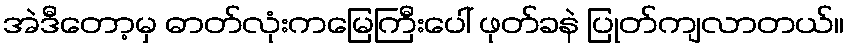
အဲဒီတော့မှ ဓာတ်လုံးကမြေကြီးပေါ် ဖုတ်ခနဲ ပြုတ်ကျလာတယ်။